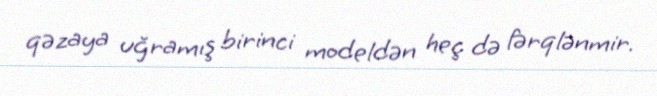
qəzaya uğramış birinci modeldən heç də fərqlənmir.